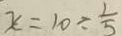
x = 1 0 \div \frac { 1 } { 5 }